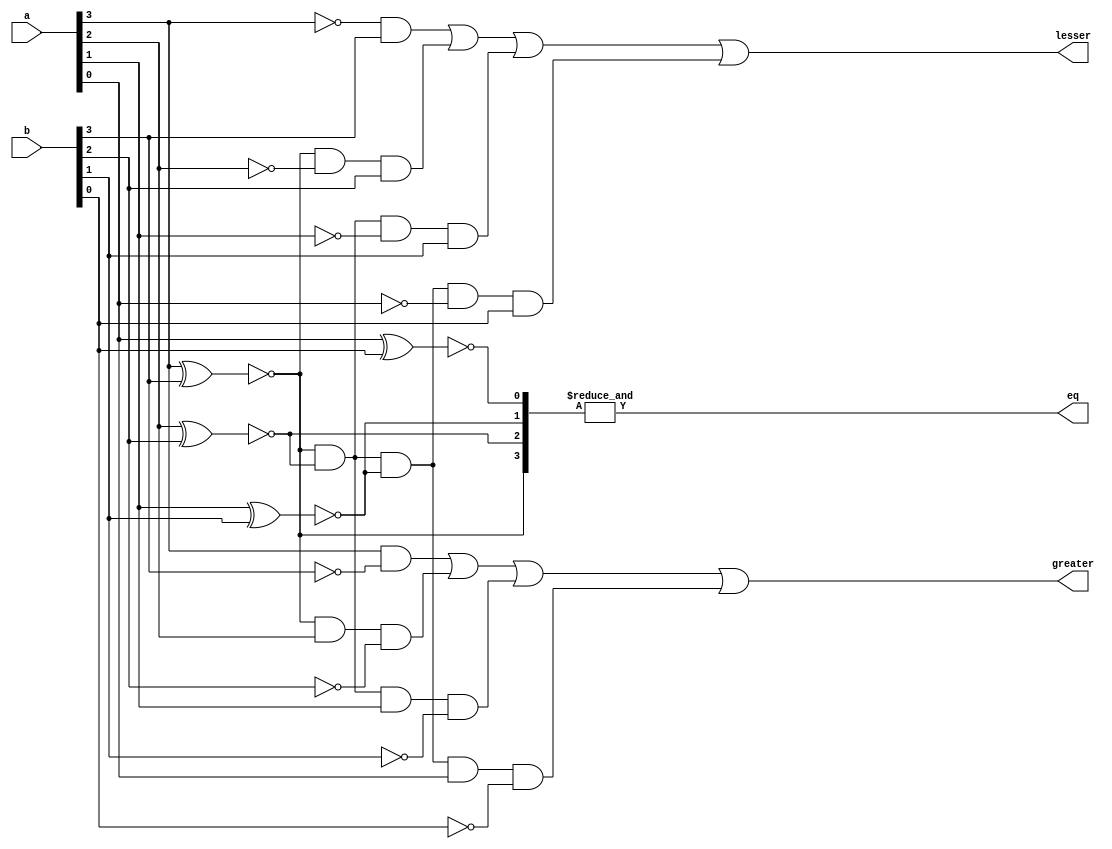
`timescale 1ns/1ps
module comparator_4bit(eq,greater,lesser,a,b);
  input [3:0] a;
  input [3:0] b;
  output eq, greater , lesser;
  wire [3:0]x;
  assign x[0]= ~(a[0]^b[0]),
         x[1]= ~(a[1]^b[1]),
         x[2]= ~(a[2]^b[2]),
         x[3]= ~(a[3]^b[3]);

  assign eq=&x;
  assign greater = (a[3]&!b[3])|(x[3]&a[2]&!b[2])|(x[3]&x[2]&a[1]&!b[1])|(x[3]&x[2]&x[1]&a[0]&!b[0]);
  assign lesser = (!a[3]&b[3])|(x[3]&!a[2]&b[2])|(x[3]&x[2]&!a[1]&b[1])|(x[3]&x[2]&x[1]&!a[0]&b[0]); 

endmodule
module tb_comparator_4bit;
  // 1. Declare testbench variables
   reg [3:0] a;
   reg [3:0] b;
   wire eq,greater,lesser;

  // 2. Instantiate the design and connect to testbench variables
  comparator_4bit comp(eq,greater,lesser,a,b);
  // 3. Provide stimulus to test the design
   initial begin
      a <= 0;
      b <= 0;

      
      $monitor ("a=0x%0h b=0x%0h equal=0x%0h greater=0x%0h lesser=0x%0h", a, b, eq, greater, lesser);

    // Use a for loop to apply random values to the input
      // for (i = 0; i < 5; i = i+1) begin
         #10 a <= 4'b1001;
             b <= 4'b1001;
         #10 a <= 4'b1010;
             b <= 4'b1100;
         #10 b <= 4'b1010;
             a <= 4'b1100;    
      // end
   end

endmodule